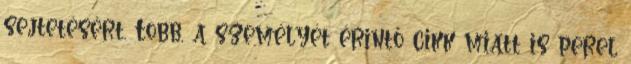
sejtetésért. Több, a személyét érintő cikk miatt is perel